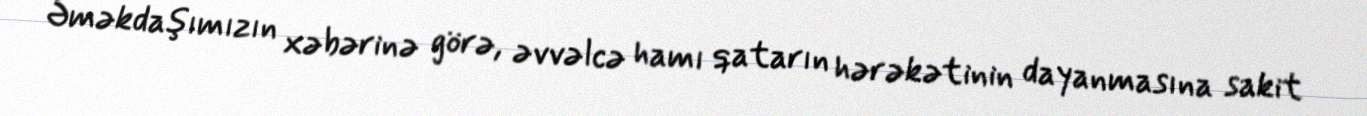
Əməkdaşımızın xəbərinə görə, əvvəlcə hamı qatarın hərəkətinin dayanmasına sakit